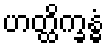
ဟတ္ထိက္ခန္ဓံ